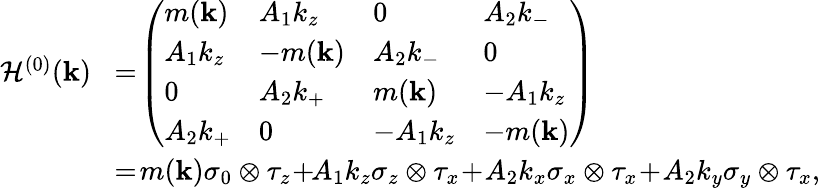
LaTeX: \begin{array}{rl}{{\cal H}^{(0)}({\mathbf k})}&{\! =\! \left(\begin{array}{llll}{m({\mathbf k})}&{A_{1}k_{z}}&{0}&{A_{2}k_{-}}\\ {A_{1}k_{z}}&{-m({\mathbf k})}&{A_{2}k_{-}}&{0}\\ {0}&{A_{2}k_{+}}&{m({\mathbf k})}&{-A_{1}k_{z}}\\ {A_{2}k_{+}}&{0}&{-A_{1}k_{z}}&{-m({\mathbf k})}\end{array}\right)}\\ &{\! =\! m({\mathbf k})\sigma_{0}\otimes\tau_{z}\! +\! \! A_{1}k_{z}\sigma_{z}\otimes\tau_{x}\! +\! A_{2}k_{x}\sigma_{x}\otimes\tau_{x}\! +\! A_{2}k_{y}\sigma_{y}\otimes\tau_{x},}\end{array}